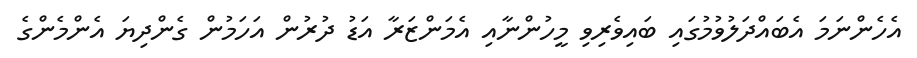
އެހެންނަމަ އެބައްދަލުވުމުގައި ބައިވެރިވި މީހުންނާއި އެމަންޒަރާ އަޑު ދުރުން އަހަމުން ގެންދިޔަ އެންމެންގެ